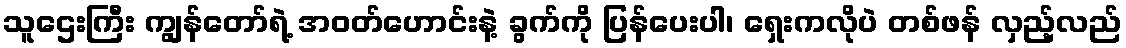
သူဌေးကြီး ကျွန်တော်ရဲ့ အဝတ်ဟောင်းနဲ့ ခွက်ကို ပြန်ပေးပါ၊ ရှေးကလိုပဲ တစ်ဖန် လှည့်လည်